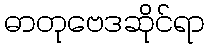
ဓာတုဗေဒဆိုင်ရာ